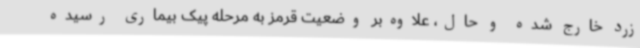
زرد خارج شده و حال، علاوه‌بر وضعیت قرمز به مرحله پیک بیماری رسیده